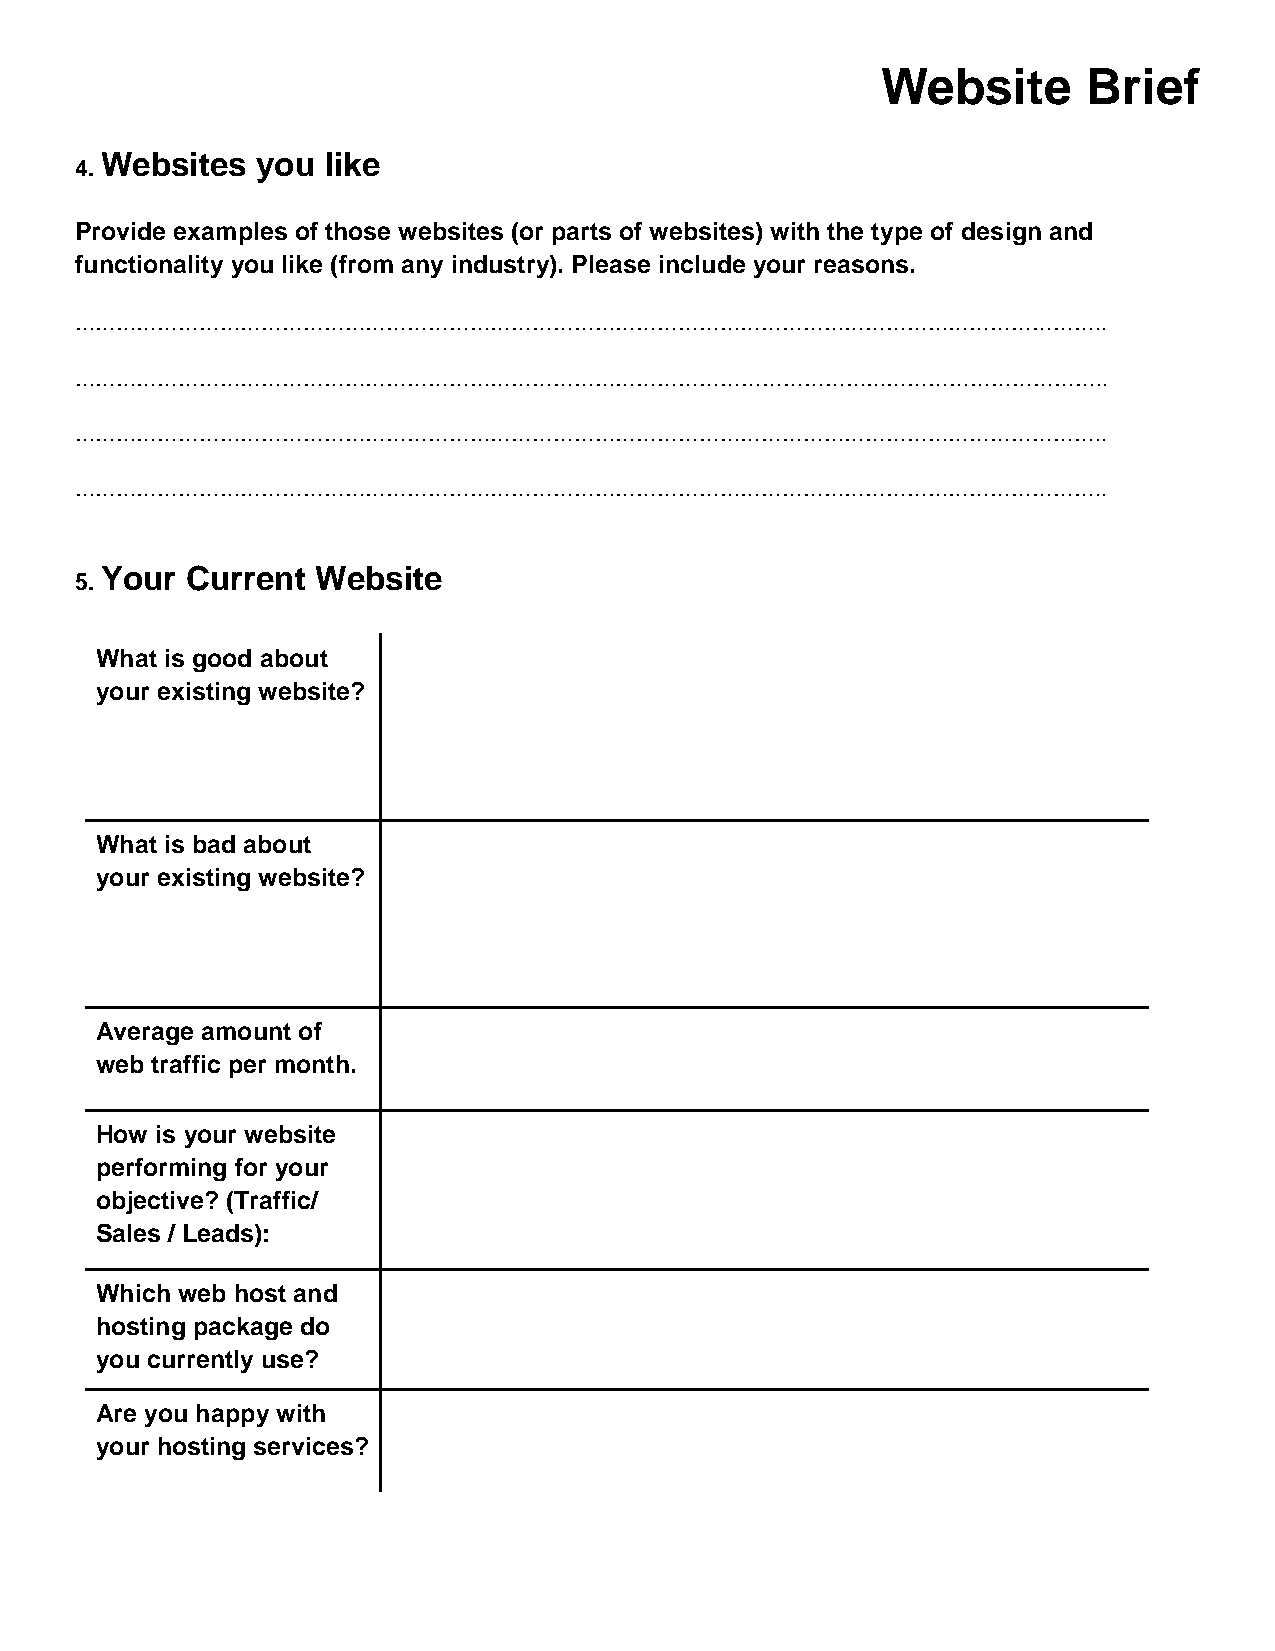
Website       Brief
 Websites  you like
 4.
 Provide examples of those websites (or parts of websites) with the type of design and
 functionality you like (from any industry). Please include your reasons.
 …………………………………………………………………………………………………………………………………..
 …………………………………………………………………………………………………………………………………..
 …………………………………………………………………………………………………………………………………..
 …………………………………………………………………………………………………………………………………..
 Your Current  Website
 5.
 What is good about
 your existing website?
 What is bad about
 your existing website?
 Average amount of
 web traffic per month.
 How is your website
 performing for your
 objective? (Traffic/
 Sales / Leads):
 Which web host and
 hosting package do
 you currently use?
 Are you happy with
 your hosting services?